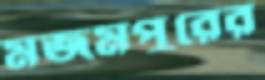
মজমপুরের